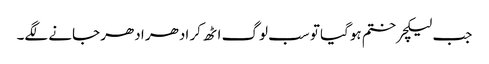
جب لیکچر ختم ہوگیا تو سب لوگ اٹھ کر ادھر ادھر جانے لگے۔